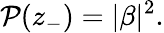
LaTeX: \mathcal{P}(z_{-})=|\beta|^{2}.